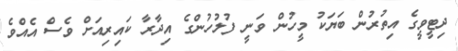
ދިޓީވީގެ އިތުރުން ބަޔަކު މީހުން ވަނީ ފުލުހުންގެ އިދާރާ ކައިރިއަށް ވެސް އެއްވެ